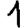
Digit: 1